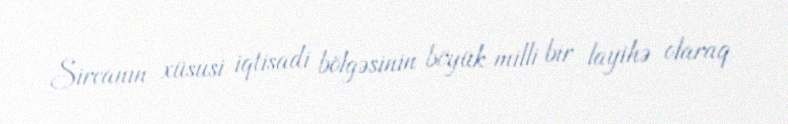
Sircanın xüsusi iqtisadi bölgəsinin böyük milli bir layihə olaraq